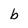
Character: b